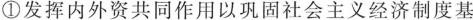
①发挥内外资共同作用以巩固社会主义经济制度基